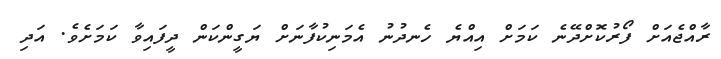
ރާއްޖެއަށް ފޯރުކޮށްދޭނެ ކަމަށް އިއްޔެ ހެނދުނު އެމަނިކުފާނަށް ޔަގީންކަން ދީފައިވާ ކަމަށެވެ. އަދި